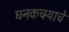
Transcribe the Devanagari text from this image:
घनकचर्‍याचे